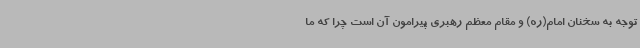
توجه به سخنان امام(ره) و مقام معظم رهبری پیرامون آن است چرا که ما